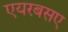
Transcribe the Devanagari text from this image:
एयरबसए